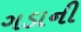
ગડાની